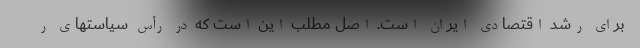
برای رشد اقتصادی ایران است. اصل مطلب این است که در رأس سیاستهای ر